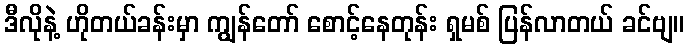
ဒီလိုနဲ့ ဟိုတယ်ခန်းမှာ ကျွန်တော် စောင့်နေတုန်း ရှမစ် ပြန်လာတယ် ခင်ဗျ။